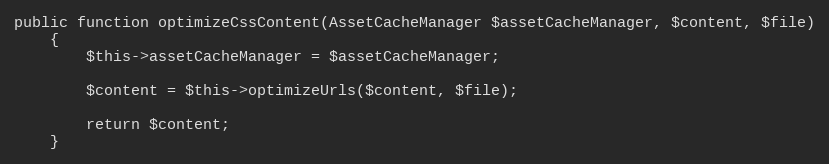
Language: PHP
public function optimizeCssContent(AssetCacheManager $assetCacheManager, $content, $file)
    {
        $this->assetCacheManager = $assetCacheManager;

        $content = $this->optimizeUrls($content, $file);

        return $content;
    }